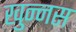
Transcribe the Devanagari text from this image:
खुन्नस